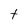
Character: t